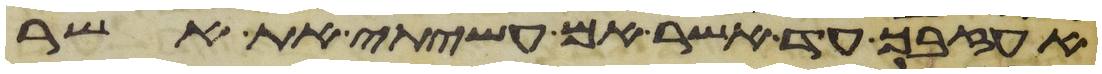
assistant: אעזבך עד אשר אם עשיתי את אשר